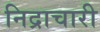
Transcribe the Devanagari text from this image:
निद्राचारी